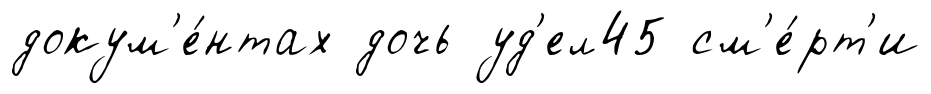
докум'е́нтах дочь уд'ел45 см'е́рт'и